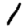
Digit: 1